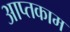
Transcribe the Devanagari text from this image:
आप्तकाम